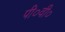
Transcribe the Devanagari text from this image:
पी०वी०